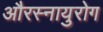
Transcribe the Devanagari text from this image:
औरस्नायुरोग